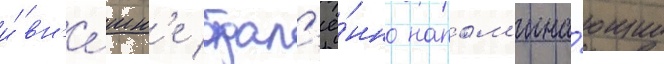
и́ вн'е́шн'е отдал'ё́нно напом'ина́ющие